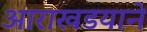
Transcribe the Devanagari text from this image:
आराखडयाने